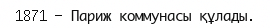
1871 — Париж коммунасы құлады.